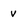
Character: v